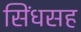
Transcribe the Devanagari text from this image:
सिंधसह